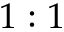
1 : 1